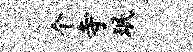
个寺珉